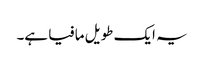
یہ ایک طویل مافیا ہے۔